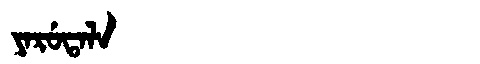
Manchu: ᠶᠠᡵᡠᡨᠠᠯᠠ
Romanization: YARUTALA